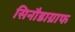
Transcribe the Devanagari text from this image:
सिनौडाग्राफ